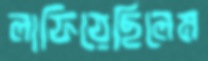
লাফিয়েছিলেম